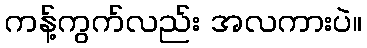
ကန့်ကွက်လည်း အလကားပဲ။